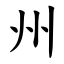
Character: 州